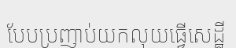
បែបប្រញាប់យកលុយធ្វើសេដ្ឋី